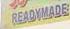
readymade